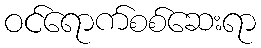
ဝင်ရောက်စစ်ဆေးရာ